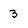
Character: 3